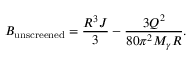
B _ { \mathrm { u n s c r e e n e d } } = \frac { R ^ { 3 } J } { 3 } - \frac { 3 Q ^ { 2 } } { 8 0 \pi ^ { 2 } M _ { \gamma } R } .